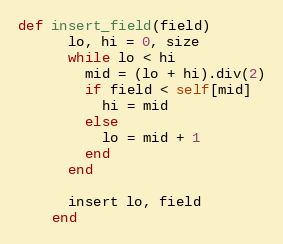
Language: Ruby
def insert_field(field)
      lo, hi = 0, size
      while lo < hi
        mid = (lo + hi).div(2)
        if field < self[mid]
          hi = mid
        else
          lo = mid + 1
        end
      end

      insert lo, field
    end